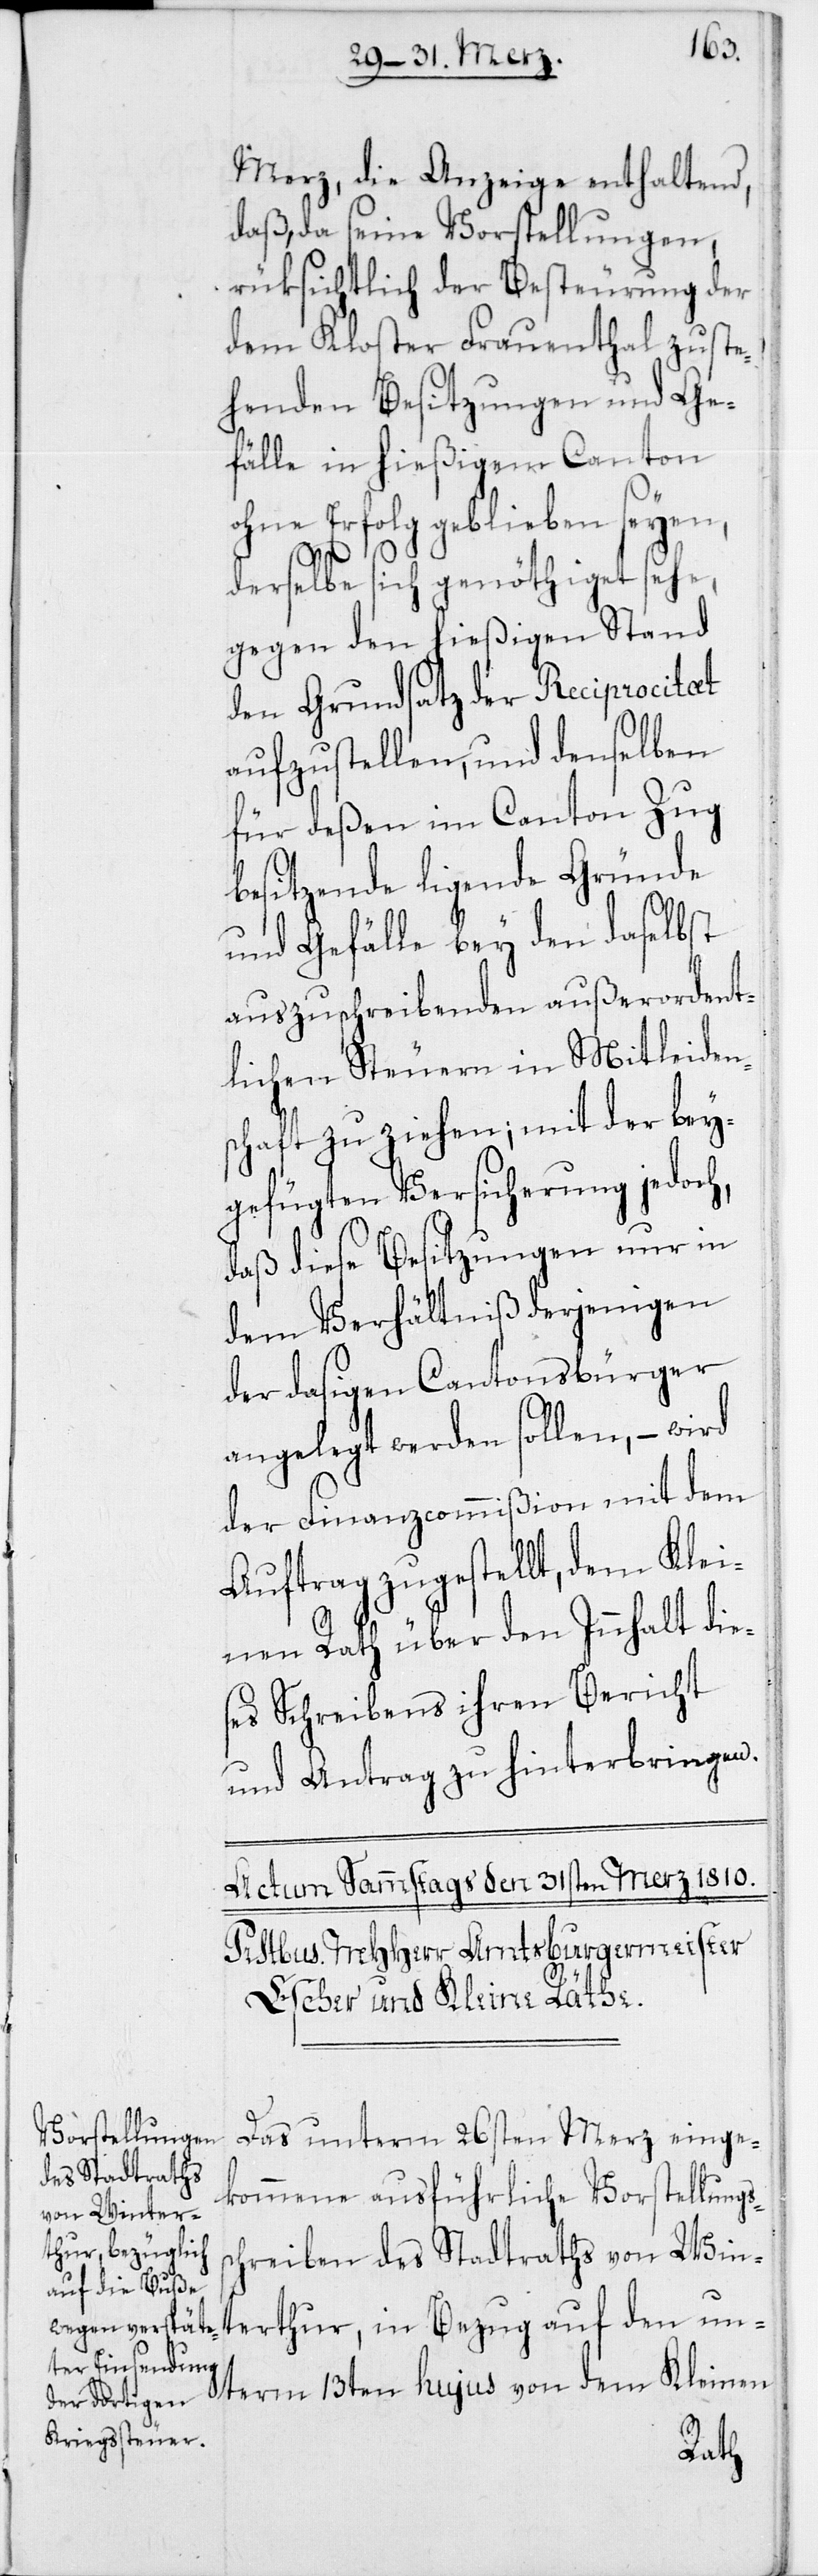
Merz, die Anzeige enthaltend,
daß, da seine Vorstellungen,
rüksichtlich der Besteurung der
dem Kloster Frauenthal zuste¬
henden Besitzungen und Ge¬
fälle in hießigem Canton
s¬
ohne Erfolg geblieben seyen,
derselbe sich genöthiget sehe,
gegen den hießigen Stand
den Grundsatz der Reciprocitæt
aufzustellen, und denselben
für deßen im Canton Zug
besitzende ligende Gründe
und Gefälle bey den daselbst
auszuschreibenden außerordent¬
lichen Steuern in Mitleidens¬
chaft zu ziehen; mit der bey¬
gefügten Versicherung jedoch,
daß diese Besitzungen nur in
dem Verhältniß derjenigen
der dasigen Cantonsbürger
angelegt werden sollen, – wird
der Finanzcommißion mit dem
Auftrag zugestellt, dem Klei¬
nen Rath über den Innhalt die¬
ses Schreibens ihren Bericht
und Antrag zu hinterbringen.
Das unterm 26sten Merz einge¬
kommene ausführliche Vorstellungs¬
chreiben des Stadtraths von Win¬
terthur, in Bezug auf den un¬
term 13ten hujus von dem Kleinen